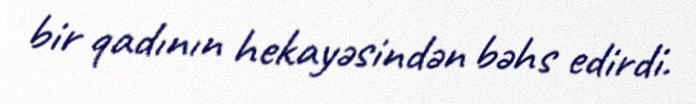
bir qadının hekayəsindən bəhs edirdi.